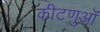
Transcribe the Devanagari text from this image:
कीटणुओं